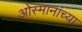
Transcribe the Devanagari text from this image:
ओस्मानांच्या